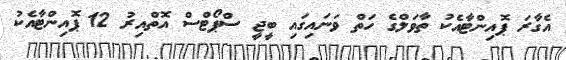
އެގާރަ ޕޮއިންޓާއެކު ތާވަލްގެ ހަތް ވަނައިގައި ބީޖީ ސްޕޯޓްސް އޮތްއިރު 12 ޕޮއިންޓާއެކު